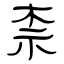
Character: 柰